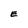
Character: E